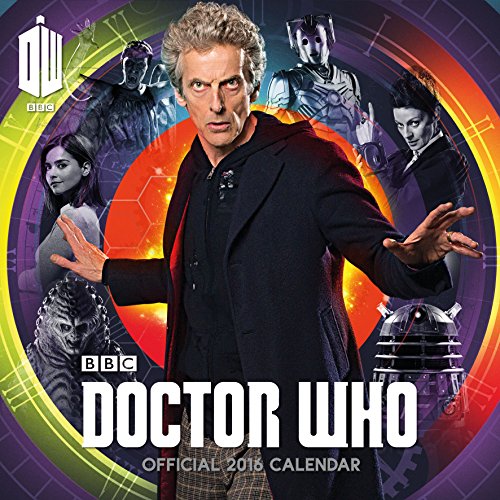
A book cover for The Official Doctor Who2016 Square Calendar; Calendars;